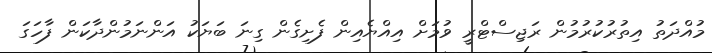
މުއްދަތު އިތުރުކުރުމުން ރަޖިސްޓްރީ ވުމަށް އިއްޔެއިން ފެށިގެން ގިނަ ބަޔަކު އަންނަމުންދާކަން ފާހަގަ